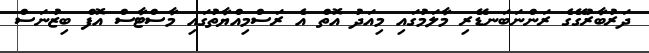
ދަރުބާރުގޭގެ ރަންނަބަނޑޭރި މާލަމުގައި މިއަދު އޮތް އެ ރަސްމިއްޔާތުގައި މާސްޓާސް އޮފް ބިޒުނަސް